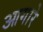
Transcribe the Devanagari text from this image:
आगारे